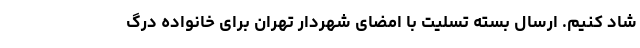
شاد کنیم. ارسال بسته تسلیت با امضای شهردار تهران برای خانواده درگ